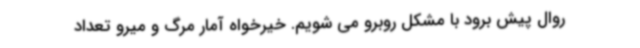
روال پیش برود با مشکل روبرو می شویم. خیرخواه آمار مرگ و میرو تعداد